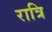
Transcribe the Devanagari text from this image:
रात्रि